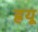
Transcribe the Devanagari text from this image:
ह्रयू